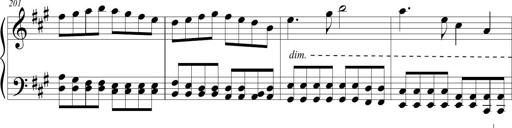
Title: Sonatina (Piano Sonata No.9)
Composer: Richard St. Clair